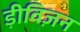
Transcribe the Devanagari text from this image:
ड़ीविज़न